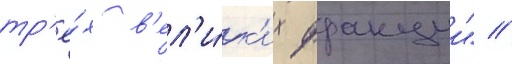
тр'ё́х в'ел'и́к'их фракции" //